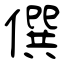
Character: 僎